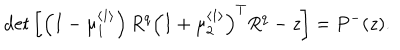
\det \left[ \left( I - \mu _ { 1 } ^ { \left\langle 1 \right\rangle } \right) R ^ { q } \left( I + \mu _ { 2 } ^ { \left\langle 1 \right\rangle } \right) ^ { T } R ^ { q } - z \right] = P ^ { - } ( z ) .